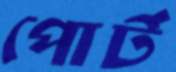
পোর্ট